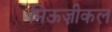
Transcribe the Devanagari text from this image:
मिऊज़ीकल